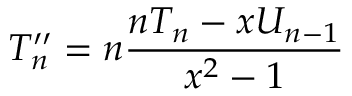
T _ { n } ^ { \prime \prime } = n { \frac { n T _ { n } - x U _ { n - 1 } } { x ^ { 2 } - 1 } }